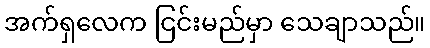
အက်ရှလေက ငြင်းမည်မှာ သေချာသည်။